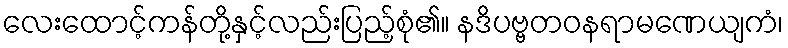
လေးထောင့်ကန်တို့နှင့်လည်းပြည့်စုံ၏။ နဒိပဗ္ဗတဝနရာမဏေယျကံ၊